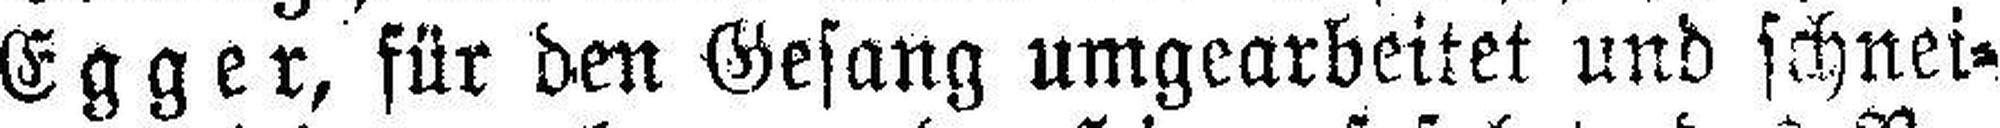
Egger, für den Gesang umgearbeitet und schnei¬